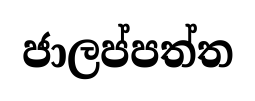
ජාලප්පත්ත